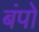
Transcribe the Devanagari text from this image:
बंपो